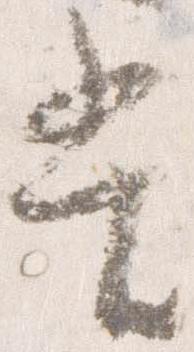
当